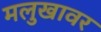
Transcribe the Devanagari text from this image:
मलुखावर